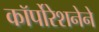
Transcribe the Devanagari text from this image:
कॉर्पोरेशनेने